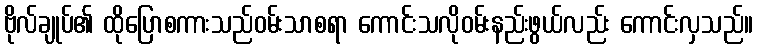
ဗိုလ်ချုပ်၏ ထိုပြောစကားသည်ဝမ်းသာစရာ ကောင်းသလိုဝမ်းနည်းဖွယ်လည်း ကောင်းလှသည်။